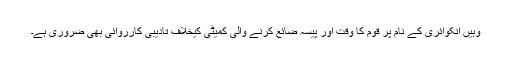
وہیں انکوائری کے نام پر قوم کا وقت اور پیسہ ضائع کرنے والی کمیٹی کیخلاف تادیبی کارروائی بھی ضروری ہے۔